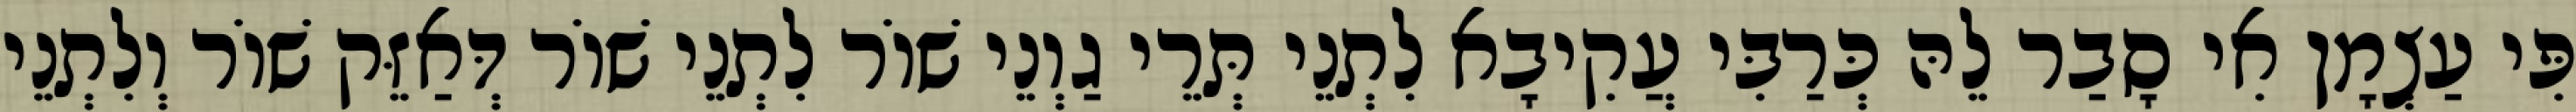
פִּי עַצְמָן אִי סָבַר לֵהּ כְּרַבִּי עֲקִיבָא לִתְנֵי תְּרֵי גַוְנֵי שׁוֹר לִתְנֵי שׁוֹר דְּאַזֵּק שׁוֹר וְלִתְנֵי